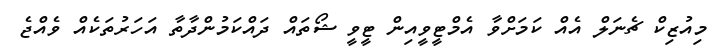
މިއުޒިކް ޗެނަލް އެއް ކަމަށްވާ އެމްޓީވީއިން ޓީވީ ޝޯތައް ދައްކަމުންދާތާ އަހަރުތަކެއް ވެއްޖެ